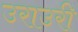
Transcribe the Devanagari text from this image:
उराउरी